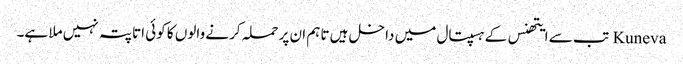
Kuneva تب سے ایتھنس کے ہسپتال میں داخل ہیں تاہم ان پر حملہ کرنے والوں کا کوئی اتا پتہ نہیں ملا ہے۔